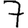
Digit: 7